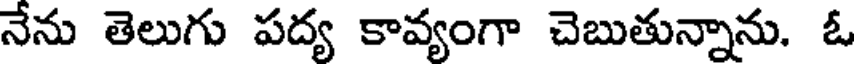
నేను తెలుగు పద్య కావ్యంగా చెబుతున్నాను. ఓ